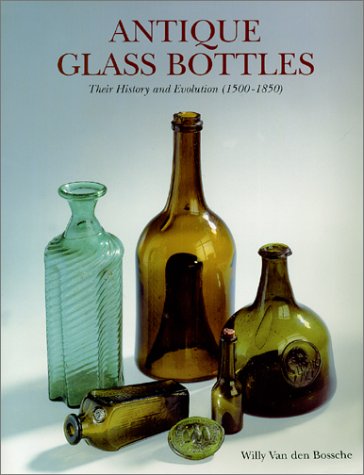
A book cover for Antique Glass Bottles : Their History and Evolution (1500-1850) - A Comprehensive Illustrated Guide With a Worldwide Bibliography of Glass Bottles; Willy Van den Bossche; Crafts, Hobbies & Home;